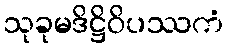
သုခုမဒိဋ္ဌိဝိပဿကံ